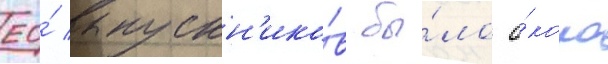
ео́ выпускн'ико́в бы́ло о́коло